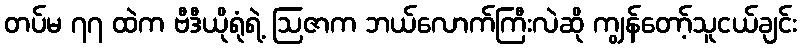
တပ်မ ၇၇ ထဲက ဗီဒီယိုရုံရဲ့ ဩဇာက ဘယ်လောက်ကြီးလဲဆို ကျွန်တော့်သူငယ်ချင်း